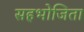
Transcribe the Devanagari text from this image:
सहभोजिता